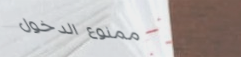
ممنوع الدخول